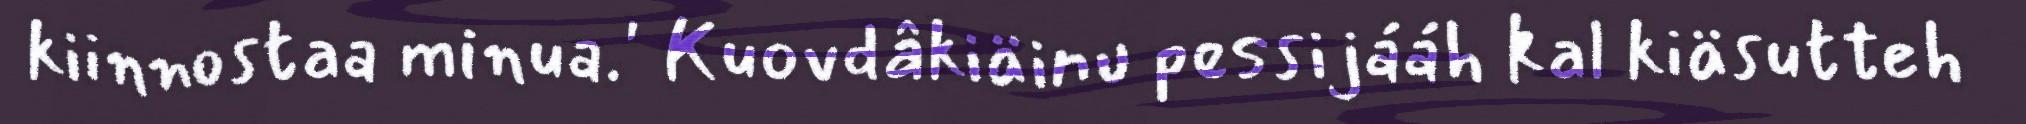
kiinnostaa minua.' Kuovdâkiäinu pessijááh kal kiäsutteh